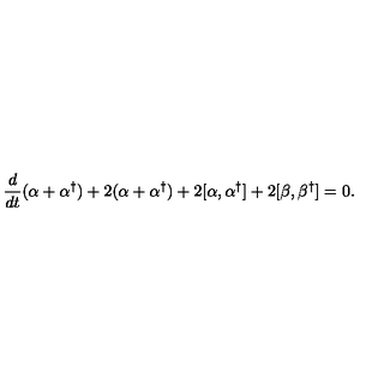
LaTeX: \frac { d } { d t } ( \alpha + \alpha ^ { \dagger } ) + 2 ( \alpha + \alpha ^ { \dagger } ) + 2 [ \alpha , \alpha ^ { \dagger } ] + 2 [ \beta , \beta ^ { \dagger } ] = 0 .